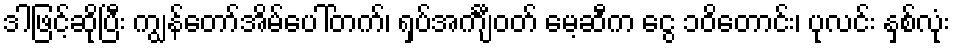
ဒါဖြင့်ဆိုပြီး ကျွန်တော်အိမ်ပေါ်တက်၊ ရှပ်အင်္ကျီဝတ် မေ့ဆီက ငွေ ၁၀ိတောင်း၊ ပုလင်း နှစ်လုံး